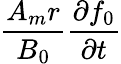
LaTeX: \frac{A_{m}r}{B_{0}}\frac{\partial f_{0}}{\partial t}